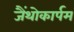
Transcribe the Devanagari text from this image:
जैंथोकार्पम